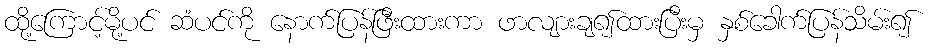
ထို့ကြောင့်မို့ပင် ဆံပင်ကို နောက်ပြန်ဖြီးထားကာ ဖာလျားချ၍ထားပြီးမှ နှစ်ခေါက်ပြန်သိမ်း၍